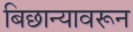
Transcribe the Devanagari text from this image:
बिछान्यावरून